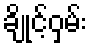
ချိုင့်ဝှမ်း